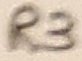
Text: R3